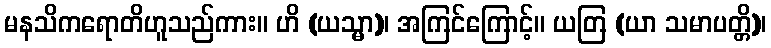
မနသိကရောတိဟူသည်ကား။ ဟိ (ယသ္မာ)၊ အကြင်ကြောင့်။ ယတြ (ယာ သမာပတ္တိ)၊